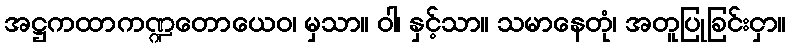
အဋ္ဌကထာကဏ္ဍတောယေဝ၊ မှသာ။ ဝါ၊ နှင့်သာ။ သမာနေတုံ၊ အတူပြုခြင်းငှာ။